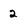
Character: 2